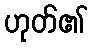
ဟုတ်၏